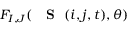
F _ { I , J } ( { \mathrm { ~ { ~ \bf ~ S ~ } ~ } } ( i , j , t ) , \theta )